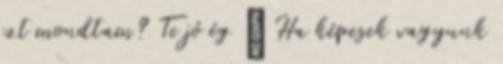
ezt mondtam? Te jó ég ” Ha képesek vagyunk